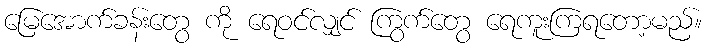
မြေအောက်ခန်းတွေ ကို ရေဝင်လျှင် ကြွက်တွေ ရေကူးကြရတော့မည်။